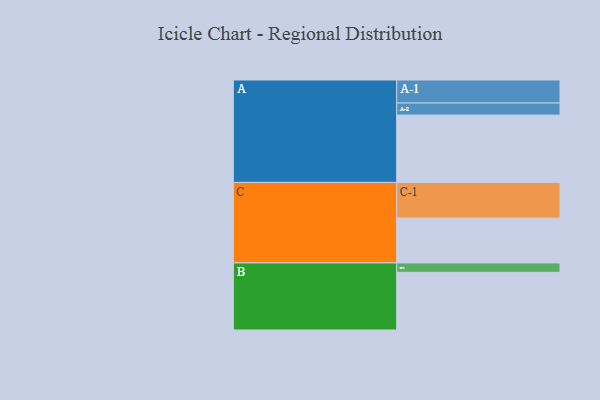
{"axis": {"x": "Segment", "y": "Value"}, "legend": ["", "A", "B", "C"], "data": [{"x": "A", "y": 558, "type": ""}, {"x": "B", "y": 478, "type": ""}, {"x": "C", "y": 372, "type": ""}, {"x": "A-1", "y": 191, "type": "A"}, {"x": "A-2", "y": 100, "type": "A"}, {"x": "B-1", "y": 78, "type": "B"}, {"x": "C-1", "y": 295, "type": "C"}]}